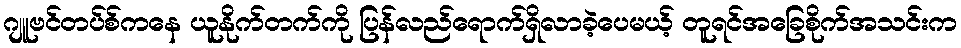
ဂျူဗင်တပ်စ်ကနေ ယူနိုက်တက်ကို ပြန်လည်ရောက်ရှိလာခဲ့ပေမယ့် တူရင်အခြေစိုက်အသင်းက